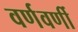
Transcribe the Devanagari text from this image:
वर्णवर्णी